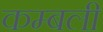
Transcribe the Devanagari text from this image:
कम्बली